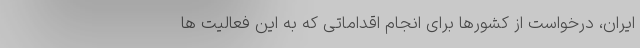
ایران، درخواست از کشورها برای انجام اقداماتی که به این فعالیت ها